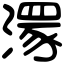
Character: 𣽁